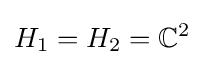
H_{1}=H_{2}=\mathbb {C} ^{2}